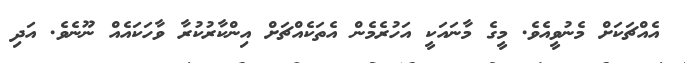
އެއްޗަކަށް މެނުވީއެވެ. މީގެ މާނައަކީ އަހުރެމެން އެތަކެއްޗަށް އިންކާރުކުރާ ވާހަކައެއް ނޫނެވެ. އަދި